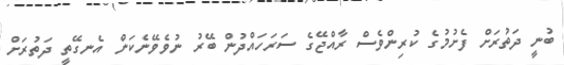
ބުނީ ދަތުރަށް ފެށުމުގެ ކުރިންވެސް ރާއްޖޭގެ ސަރަހައްދުން ބޭރު ނުވެވޭނެކަން އެނގޭތީ ދަތުރަށް